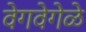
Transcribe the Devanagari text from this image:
वेगवेगेळे